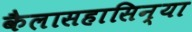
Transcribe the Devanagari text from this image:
कैलासहासिन्या